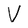
Character: V